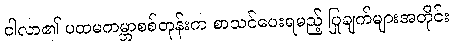
ငါလာ၏ ပထမကမ္ဘာစစ်တုန်းက စာသင်ပေးရမည့် ပြုချက်များအတိုင်း